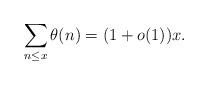
LaTeX: \begin{align*}\sum \limits_{n\leq x}\theta(n)=(1+o(1))x.\end{align*}